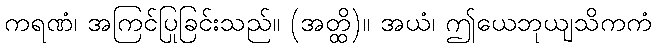
ကရဏံ၊ အကြင်ပြုခြင်းသည်။ (အတ္ထိ)။ အယံ၊ ဤယေဘုယျသိကကံ